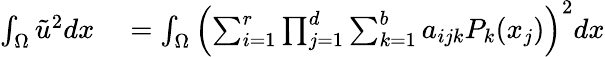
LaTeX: \begin{array}{rl}{\int_{\Omega}\tilde{u}^{2}dx}&{{}=\int_{\Omega}\left(\sum_{i=1}^{r}\prod_{j=1}^{d}\sum_{k=1}^{b}a_{ijk}P_{k}(x_{j})\right)^{2}dx}\end{array}